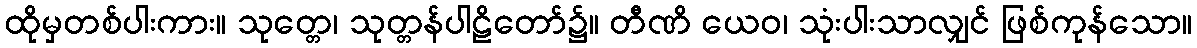
ထိုမှတစ်ပါးကား။ သုတ္တေ၊ သုတ္တန်ပါဠိတော်၌။ တီဏိ ယေဝ၊ သုံးပါးသာလျှင် ဖြစ်ကုန်သော။